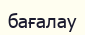
бағалау